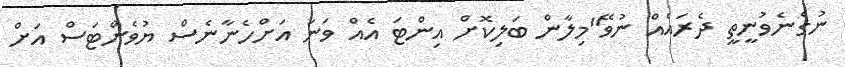
ނުގެނެވުނީތީ ދެރައެއް ނުވޭ"މިލާން ބަލިކޮށް އިންޓަ އެއް ވަނަ އަށްހެނާނެސް ޔުވެންޓަސް އަށް